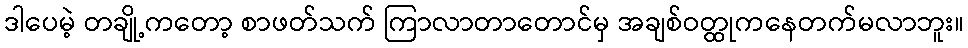
ဒါပေမဲ့ တချို့ကတော့ စာဖတ်သက် ကြာလာတာတောင်မှ အချစ်ဝတ္ထုကနေတက်မလာဘူး။